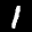
Digit: 1